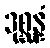
ဒုစ္ဆန္နံ